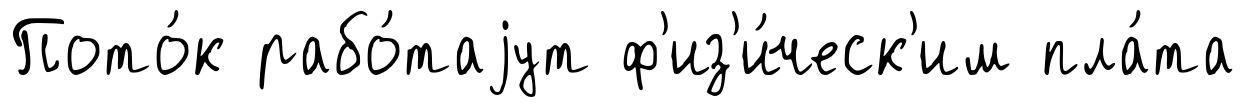
Пото́к рабо́таjут ф'из'и́ческ'им пла́та